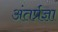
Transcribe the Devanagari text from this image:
अंतर्प्रज्ञा